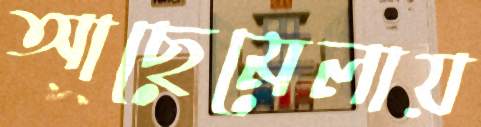
আছেমেলায়